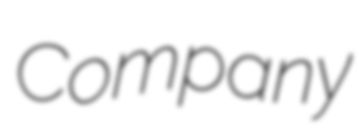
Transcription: Company